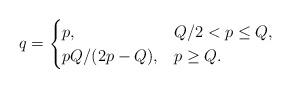
LaTeX: \begin{align*} q = \begin{cases} p, & Q/2 <p \le Q, \\ pQ/(2p-Q), & p \ge Q. \end{cases}\end{align*}